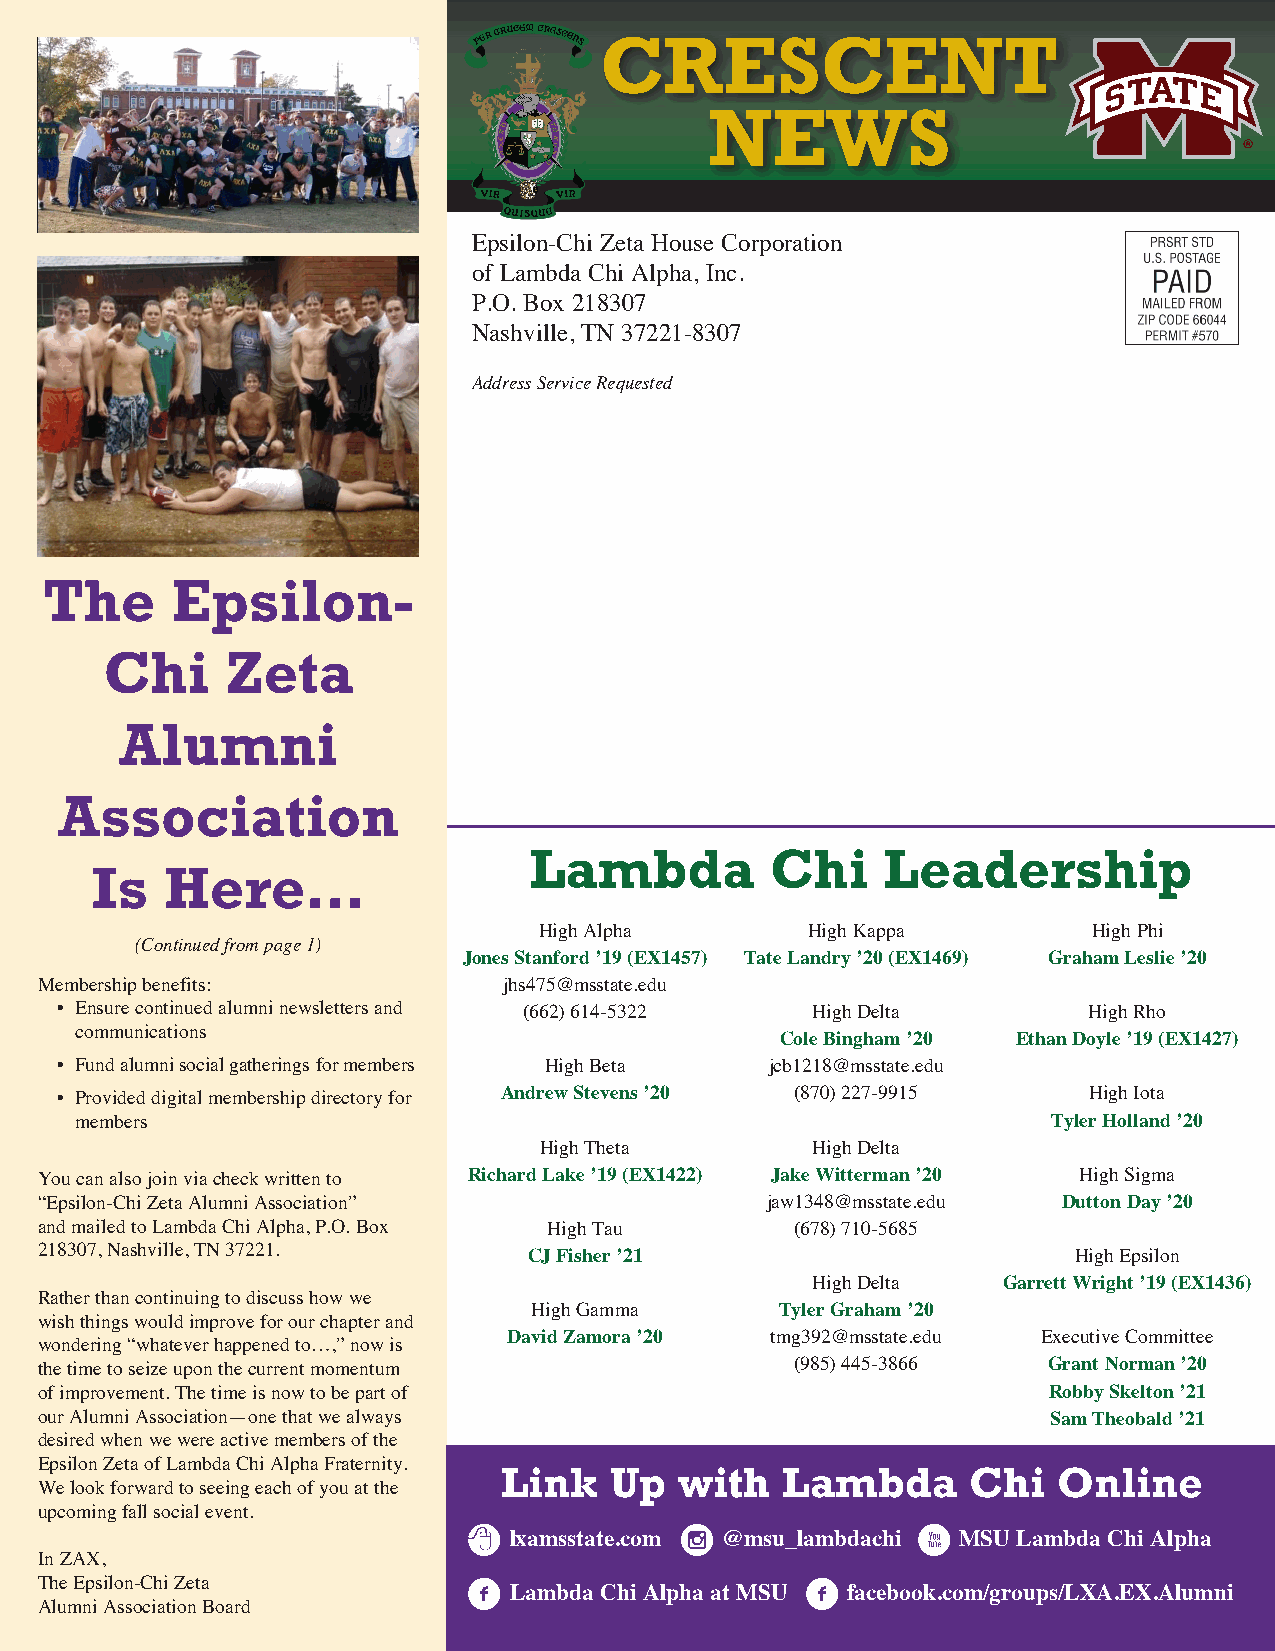
CRESCENT
 NEWS
 Epsilon-Chi Zeta House Corporation
 of Lambda Chi Alpha, Inc.
 P.O. Box 218307
 Nashville, TN 37221-8307
 Address Service Requested
 The     Epsilon-
 Chi     Zeta
 Alumni
 Association
 Lambda          Chi    Leadership
 Is   Here…
 High Alpha       High Kappa         High Phi
 (Continued from page 1)
 Jones Stanford ’19 (EX1457) Tate Landry ’20 (EX1469) Graham Leslie ’20
 Membership benefits:          jhs475@msstate.edu
 • Ensure continued alumni newsletters and (662) 614-5322 High Delta High Rho
 communications
 Cole Bingham ’20 Ethan Doyle ’19 (EX1427)
 • Fund alumni social gatherings for members High Beta jcb1218@msstate.edu
 • Provided digital membership directory for Andrew Stevens ’20 (870) 227-9915 High Iota
 members                                                          Tyler Holland ’20
 High Theta        High Delta
 You can also join via check written to Richard Lake ’19 (EX1422) Jake Witterman ’20 High Sigma
 “Epsilon-Chi Zeta Alumni Association”           jaw1348@msstate.edu Dutton Day ’20
 and mailed to Lambda Chi Alpha, P.O. Box High Tau (678) 710-5685
 218307, Nashville, TN 37221.    CJ Fisher ’21                       High Epsilon
 High Delta  Garrett Wright ’19 (EX1436)
 Rather than continuing to discuss how we
 High Gamma       Tyler Graham ’20
 wish things would improve for our chapter and
 David Zamora ’20 tmg392@msstate.edu Executive Committee
 wondering “whatever happened to…,” now is
 the time to seize upon the current momentum       (985) 445-3866  Grant Norman ’20
 of improvement. The time is now to be part of                     Robby Skelton ’21
 our Alumni Association—one that we always                          Sam Theobald ’21
 desired when we were active members of the
 Epsilon Zeta of Lambda Chi Alpha Fraternity.
 Link   Up   with   Lambda      Chi   Online
 We look forward to seeing each of you at the
 upcoming fall social event.               i               x
 lxamsstate.com @msu_lambdachi MSU Lambda Chi Alpha
 In ZAX,
 f                     f
 The Epsilon-Chi Zeta
 Lambda Chi Alpha at MSU facebook.com/groups/LXA.EX.Alumni
 Alumni Association Board